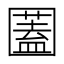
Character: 𡈮